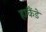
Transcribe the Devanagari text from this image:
हाकैंडे